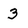
Character: 3